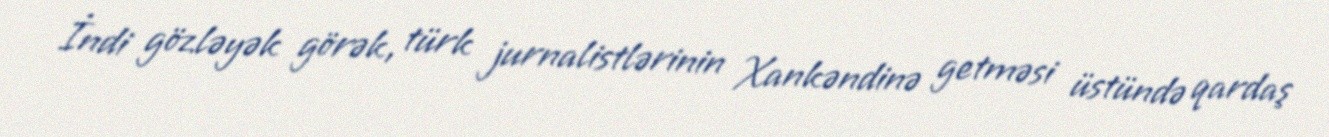
İndi gözləyək görək, türk jurnalistlərinin Xankəndinə getməsi üstündə qardaş